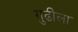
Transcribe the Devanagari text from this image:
गुढीला